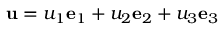
\mathbf { u } = u _ { 1 } \mathbf { e } _ { 1 } + u _ { 2 } \mathbf { e } _ { 2 } + u _ { 3 } \mathbf { e } _ { 3 }